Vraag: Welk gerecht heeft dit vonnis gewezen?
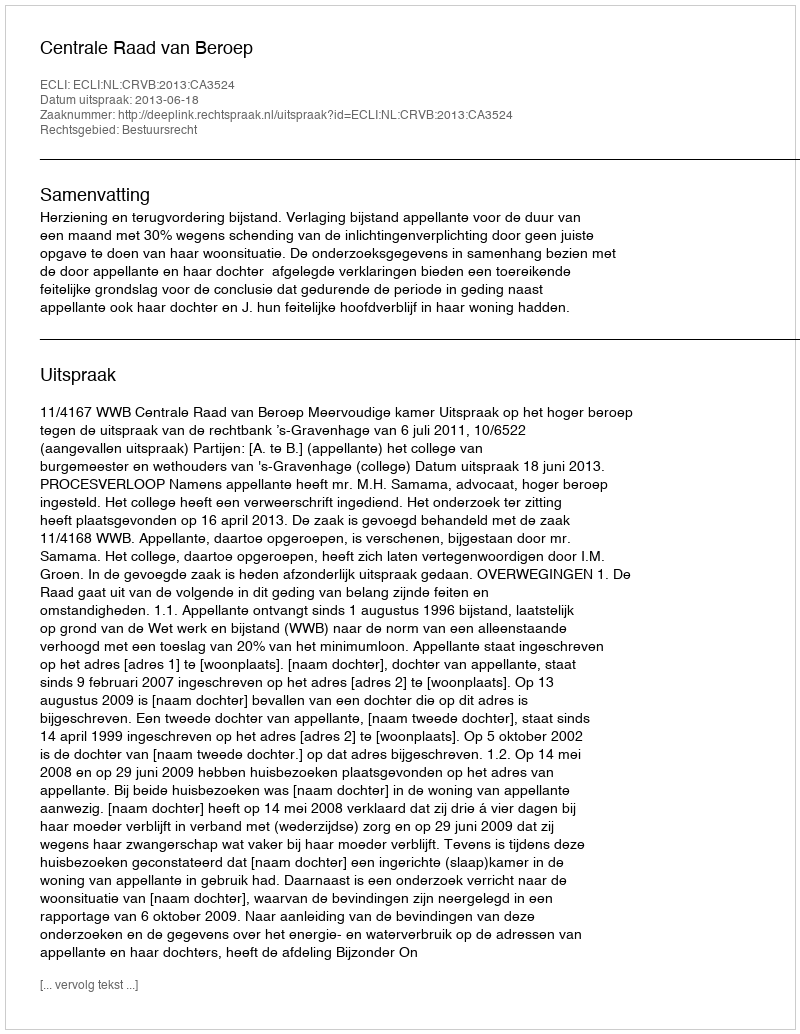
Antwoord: Centrale Raad van Beroep